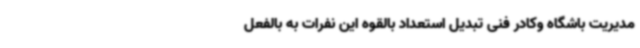
مدیریت باشگاه وکادر فنی تبدیل استعداد بالقوه این نفرات به بالفعل